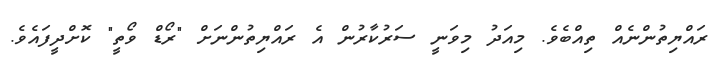
ރައްޔިތުންނެއް ތިއްބެވެ. މިއަދު މިވަނީ ސަރުކާރުން އެ ރައްޔިތުންނަށް "ރޯޑް ވޯތީ" ކޮށްދީފައެވެ.